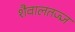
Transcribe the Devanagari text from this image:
शैवालतज्ज्ञ